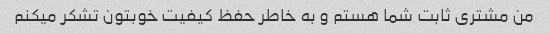
من مشتری ثابت شما هستم و به خاطر حفظ کیفیت خوبتون تشکر میکنم